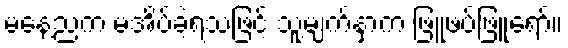
မနေ့ညက မအိပ်ခဲ့ရသဖြင့် သူ့မျက်နှာက ဖြူဖပ်ဖြူရော်။